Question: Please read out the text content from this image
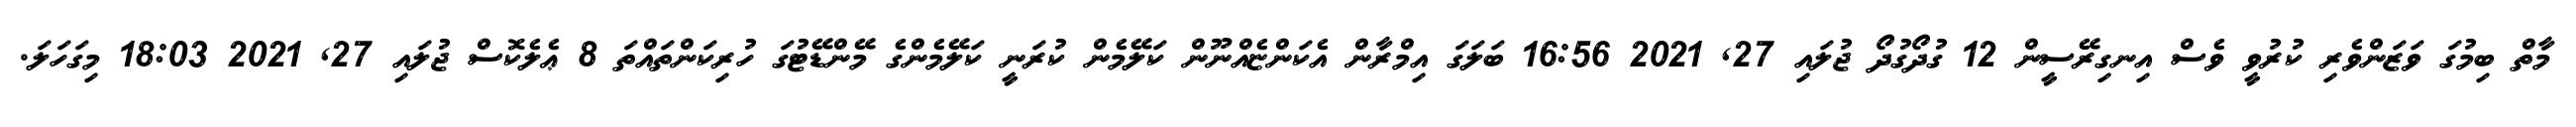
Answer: މާތް ބިމުގަ ވަޒަންވެރި ކުރުވީ ވެސް އިނގިރޭސީން 12 ގުދޯގުދޯ ޖުލައި 27, 2021 16:56 ބަލަގަ އިމްރާން އެކަންޏެއްނޫން ކަލޭމެން ކުރަނީ ކަލޭމެންގެ މޭންޑޭޓުގަ ހުރިކަންތައްތަ 8 ޢެލެކޮސް ޖުލައި 27, 2021 18:03 މިގަހަލަ.